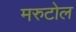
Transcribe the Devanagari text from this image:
मरुटोल